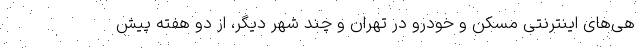
هی‌های اینترنتی مسکن و خودرو در تهران و چند شهر دیگر، از دو هفته پیش